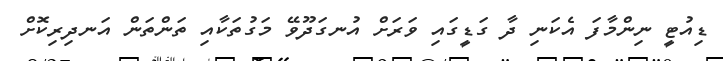
ޑިއުޓީ ނިންމާފަ އެކަނި ދާ ގަޑީގައި ވަރަށް އުނގަދޫވޭ މަގުތަކާއި ތަންތަން އަނދިރިކޮށް